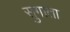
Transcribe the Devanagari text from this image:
सुगाता